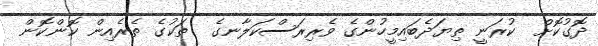
ދޮގުކޮށް  ކުރަނީ ތިޔަދެބައިމީހުންގެ ވެރިރަސްކަލާނގެ  ތަކުގެ ތެރެއިން ކޮންކޮން